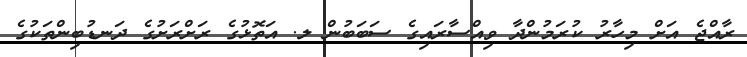
ރާއްޖެ އަށް މިހާރު ކުރަމުންދާ ވިއްސާރައިގެ ސަބަބުން ލ. އަތޮޅުގެ ރަށްރަށުގެ ދަނޑުބިންތަކުގެ